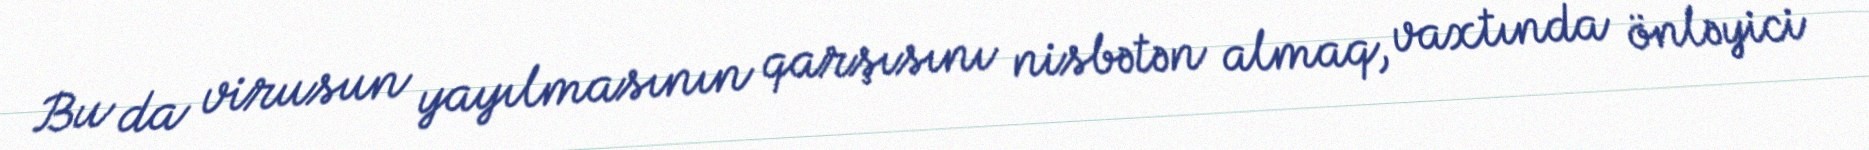
Bu da virusun yayılmasının qarşısını nisbətən almaq, vaxtında önləyici